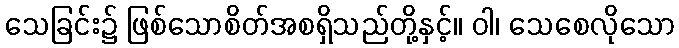
သေခြင်း၌ ဖြစ်သောစိတ်အစရှိသည်တို့နှင့်။ ဝါ၊ သေစေလိုသော